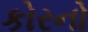
કોરનો